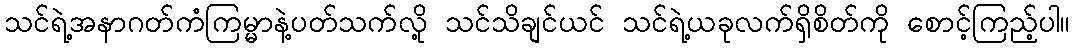
သင်ရဲ့အနာဂတ်ကံကြမ္မာနဲ့ပတ်သက်လို့ သင်သိချင်ယင် သင်ရဲ့ယခုလက်ရှိစိတ်ကို စောင့်ကြည့်ပါ။